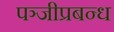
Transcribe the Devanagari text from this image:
पञ्जीप्रबन्ध